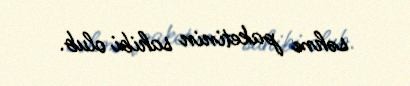
səhm paketinin sahibi olub.